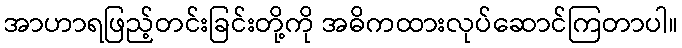
အာဟာရဖြည့်တင်းခြင်းတို့ကို အဓိကထားလုပ်ဆောင်ကြတာပါ။